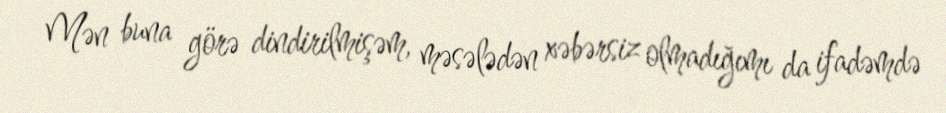
Mən buna görə dindirilmişəm, məsələdən xəbərsiz olmadığımı da ifadəmdə